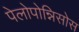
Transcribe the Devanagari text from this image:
पेलोपोन्निसोस